Malarial fevers
Disease focus: Malaria
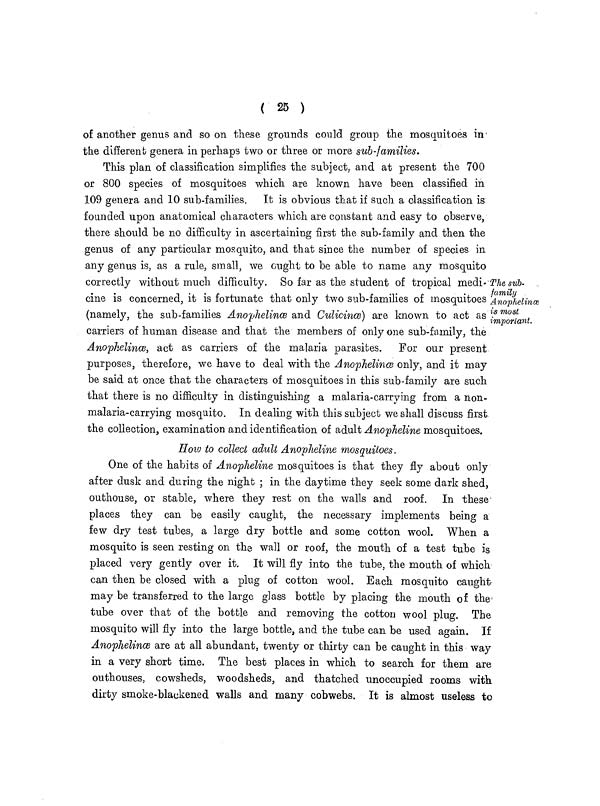
( 25 )
of another genus and so on these grounds could group the mosquitoes in
the different genera in perhaps two or three or more sub-families.
The sub-
family
Anophelinæ
is most
important.
This plan of classification simplifies the subject, and at present the 700
or 800 species of mosquitoes which are known have been classified in
109 genera and 10 sub-families. It is obvious that if such a classification is
founded upon anatomical characters which are constant and easy to observe,
there should be no difficulty in ascertaining first the sub-family and then the
genus of any particular mosquito, and that since the number of species in
any genus is, as a rule, small, we ought to be able to name any mosquito
correctly without much difficulty. So far as the student of tropical medi-
cine is concerned, it is fortunate that only two sub-families of mosquitoes
(namely, the sub-families Anophelinæ and Culicinæ) are known to act as
carriers of human disease and that the members of only one sub-family, the
Anopheline, act as carriers of the malaria parasites.
For our present
purposes, therefore, we have to deal with the Anophelinæ only, and it may
be said at once that the characters of mosquitoes in this sub-family are such
that there is no difficulty in distinguishing a malaria-carrying from a non-
malaria-carrying mosquito. In dealing with this subject we shall discuss first
the collection, examination and identification of adult Anopheline mosquitoes.
How to collect adult Anopheline mosquitoes.
One of the habits of Anopheline mosquitoes is that they fly about only
after dusk and during the night ; in the daytime they seek some dark shed,
outhouse, or stable, where they rest on the walls and roof. In these
places they can be easily caught, the necessary implements being a
few dry test tubes, a large dry bottle and some cotton wool. When a
mosquito is seen resting on the wall or roof, the mouth of a test tube is
placed very gently over it. It will fly into the tube, the mouth of which
can then be closed with a plug of cotton wool. Each mosquito caught
may be transferred to the large glass bottle by placing the mouth of the
tube over that of the bottle and removing the cotton wool plug. The
mosquito will fly into the large bottle, and the tube can be used again. If
Anophelinæ are at all abundant, twenty or thirty can be caught in this way
in a very short time. The best places in which to search for them are
outhouses, cowsheds, woodsheds, and thatched unoccupied rooms with
dirty smoke-blackened walls and many cobwebs. It is almost useless to